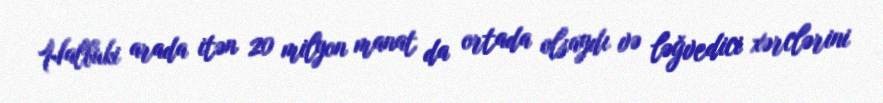
Halbuki arada itən 20 milyon manat da ortada olsaydı və ləğvedici xərclərini